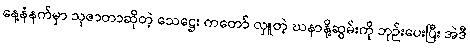
နေ့နံနက်မှာ သုဇာတာဆိုတဲ့ သေဋ္ဌေး ကတော် လှူတဲ့ ဃနာနို့ဆွမ်းကို ဘုဉ်းပေးပြီး အဲဒီ